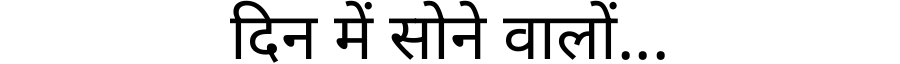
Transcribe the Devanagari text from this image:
दिन में सोने वालों...